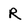
Character: R